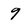
Character: 9